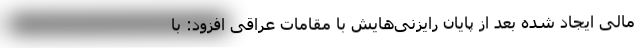
مالی ایجاد شده بعد از پایان رایزنی‌هایش با مقامات عراقی افزود: با